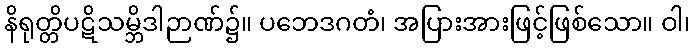
နိရုတ္တိပဋိသမ္ဘိဒါဉာဏ်၌။ ပဘေဒဂတံ၊ အပြားအားဖြင့်ဖြစ်သော။ ဝါ၊